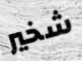
شخير